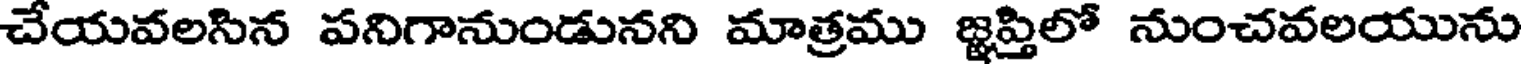
చేయవలసిన పనిగానుండునని మాత్రము జ్ఞప్తిలో నుంచవలయును